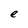
Character: e